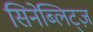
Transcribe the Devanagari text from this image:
सिनेब्लिट्ज़